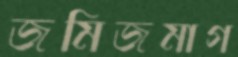
জমিজমাগ